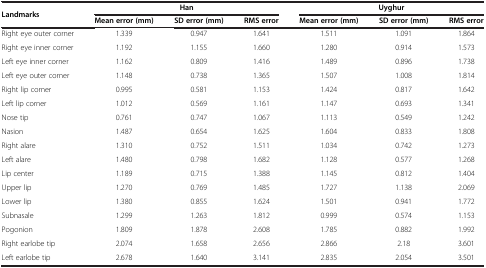
| <ROWSPAN=2> Landmarks | <COLSPAN=3> Han | <COLSPAN=3> Uyghur |
 | Mean error (mm) | SD error (mm) | RMS error | Mean error (mm) | SD error (mm) | RMS error |
 | --- | --- | --- | --- | --- | --- | --- |
 | Right eye outer corner | 1.339 | 0.947 | 1.641 | 1.511 | 1.091 | 1.864 |
 | Right eye inner corner | 1.192 | 1.155 | 1.660 | 1.280 | 0.914 | 1.573 |
 | Left eye inner corner | 1.162 | 0.809 | 1.416 | 1.489 | 0.896 | 1.738 |
 | Left eye outer corner | 1.148 | 0.738 | 1.365 | 1.507 | 1.008 | 1.814 |
 | Right lip corner | 0.995 | 0.581 | 1.153 | 1.424 | 0.817 | 1.642 |
 | Left lip corner | 1.012 | 0.569 | 1.161 | 1.147 | 0.693 | 1.341 |
 | Nose tip | 0.761 | 0.747 | 1.067 | 1.113 | 0.549 | 1.242 |
 | Nasion | 1.487 | 0.654 | 1.625 | 1.604 | 0.833 | 1.808 |
 | Right alare | 1.310 | 0.752 | 1.511 | 1.034 | 0.742 | 1.273 |
 | Left alare | 1.480 | 0.798 | 1.682 | 1.128 | 0.577 | 1.268 |
 | Lip center | 1.189 | 0.715 | 1.388 | 1.145 | 0.812 | 1.404 |
 | Upper lip | 1.270 | 0.769 | 1.485 | 1.727 | 1.138 | 2.069 |
 | Lower lip | 1.380 | 0.855 | 1.624 | 1.501 | 0.941 | 1.772 |
 | Subnasale | 1.299 | 1.263 | 1.812 | 0.999 | 0.574 | 1.153 |
 | Pogonion | 1.809 | 1.878 | 2.608 | 1.785 | 0.882 | 1.992 |
 | Right earlobe tip | 2.074 | 1.658 | 2.656 | 2.866 | 2.18 | 3.601 |
 | Left earlobe tip | 2.678 | 1.640 | 3.141 | 2.835 | 2.054 | 3.501 |